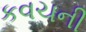
કવચની